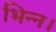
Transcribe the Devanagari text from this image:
भिन्‍न।